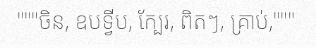
"""ចិន, ឧបទ្វីប, ក្បែរ, ពិតៗ, គ្រាប់,"""